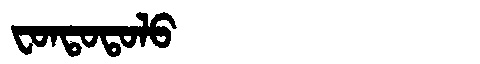
Manchu: ᠸᠣᠨᡨᠣᡨᠣᠯᠣ
Romanization: FONTOTOLO